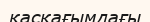
қасқағымдағы